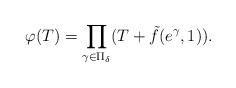
LaTeX: \begin{align*}\varphi(T)=\prod_{\gamma\in\Pi_{\delta}}(T+\tilde{f}(e^{\gamma},1)).\end{align*}